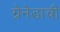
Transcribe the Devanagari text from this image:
ग्रेनेडाची